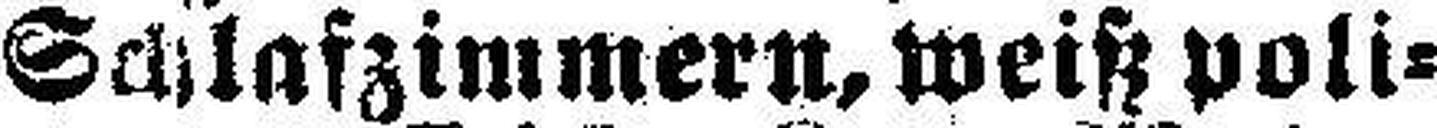
Schlafzimmern, weiß poli¬